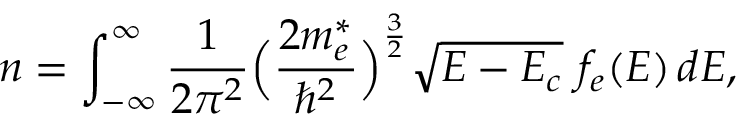
n = \int _ { - \infty } ^ { \infty } \frac { 1 } { 2 \pi ^ { 2 } } \Big ( \frac { 2 m _ { e } ^ { * } } { \hbar ^ { 2 } } \Big ) ^ { \frac { 3 } { 2 } } \sqrt { E - E _ { c } } ~ f _ { e } ( E ) \, d E ,